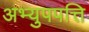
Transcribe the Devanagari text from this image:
अभ्युपपत्ति